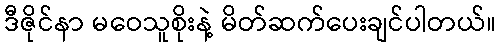
ဒီဇိုင်နာ မဝေသူစိုးနဲ့ မိတ်ဆက်ပေးချင်ပါတယ်။